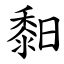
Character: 䵒